Annual report of the Imperial Bacteriological Laboratory, Muktesar
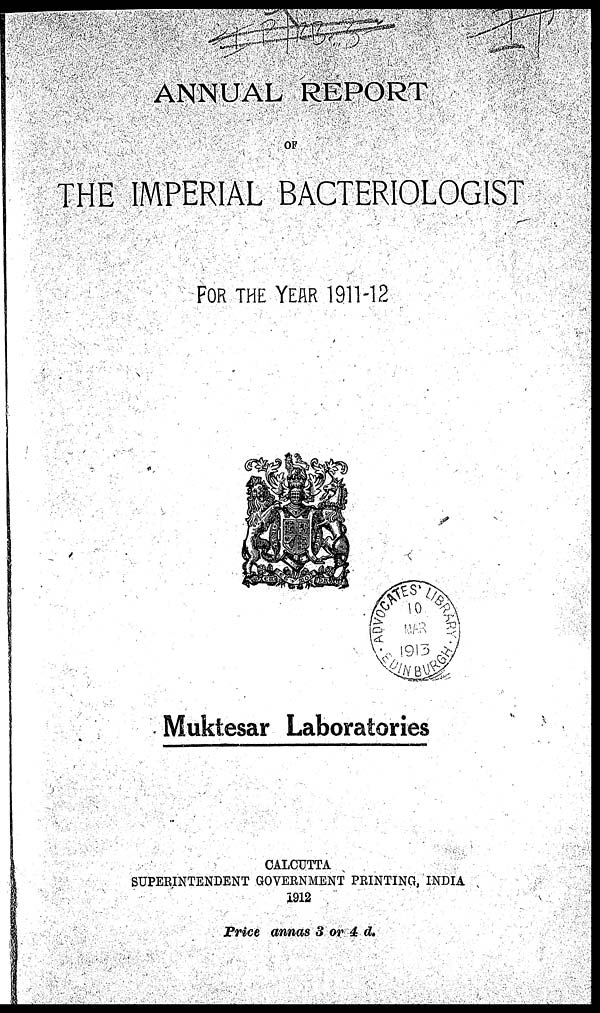
ANNUAL REPORT
OF
THE IMPERIAL BACTERIOLOGIST
FOR THE YEAR 1911-12
Muktesar Laboratories
CALCUTTA
SUPERINTENDENT GOVERNMENT PRINTING, INDIA
1912
Price annas 3 or 4 d.